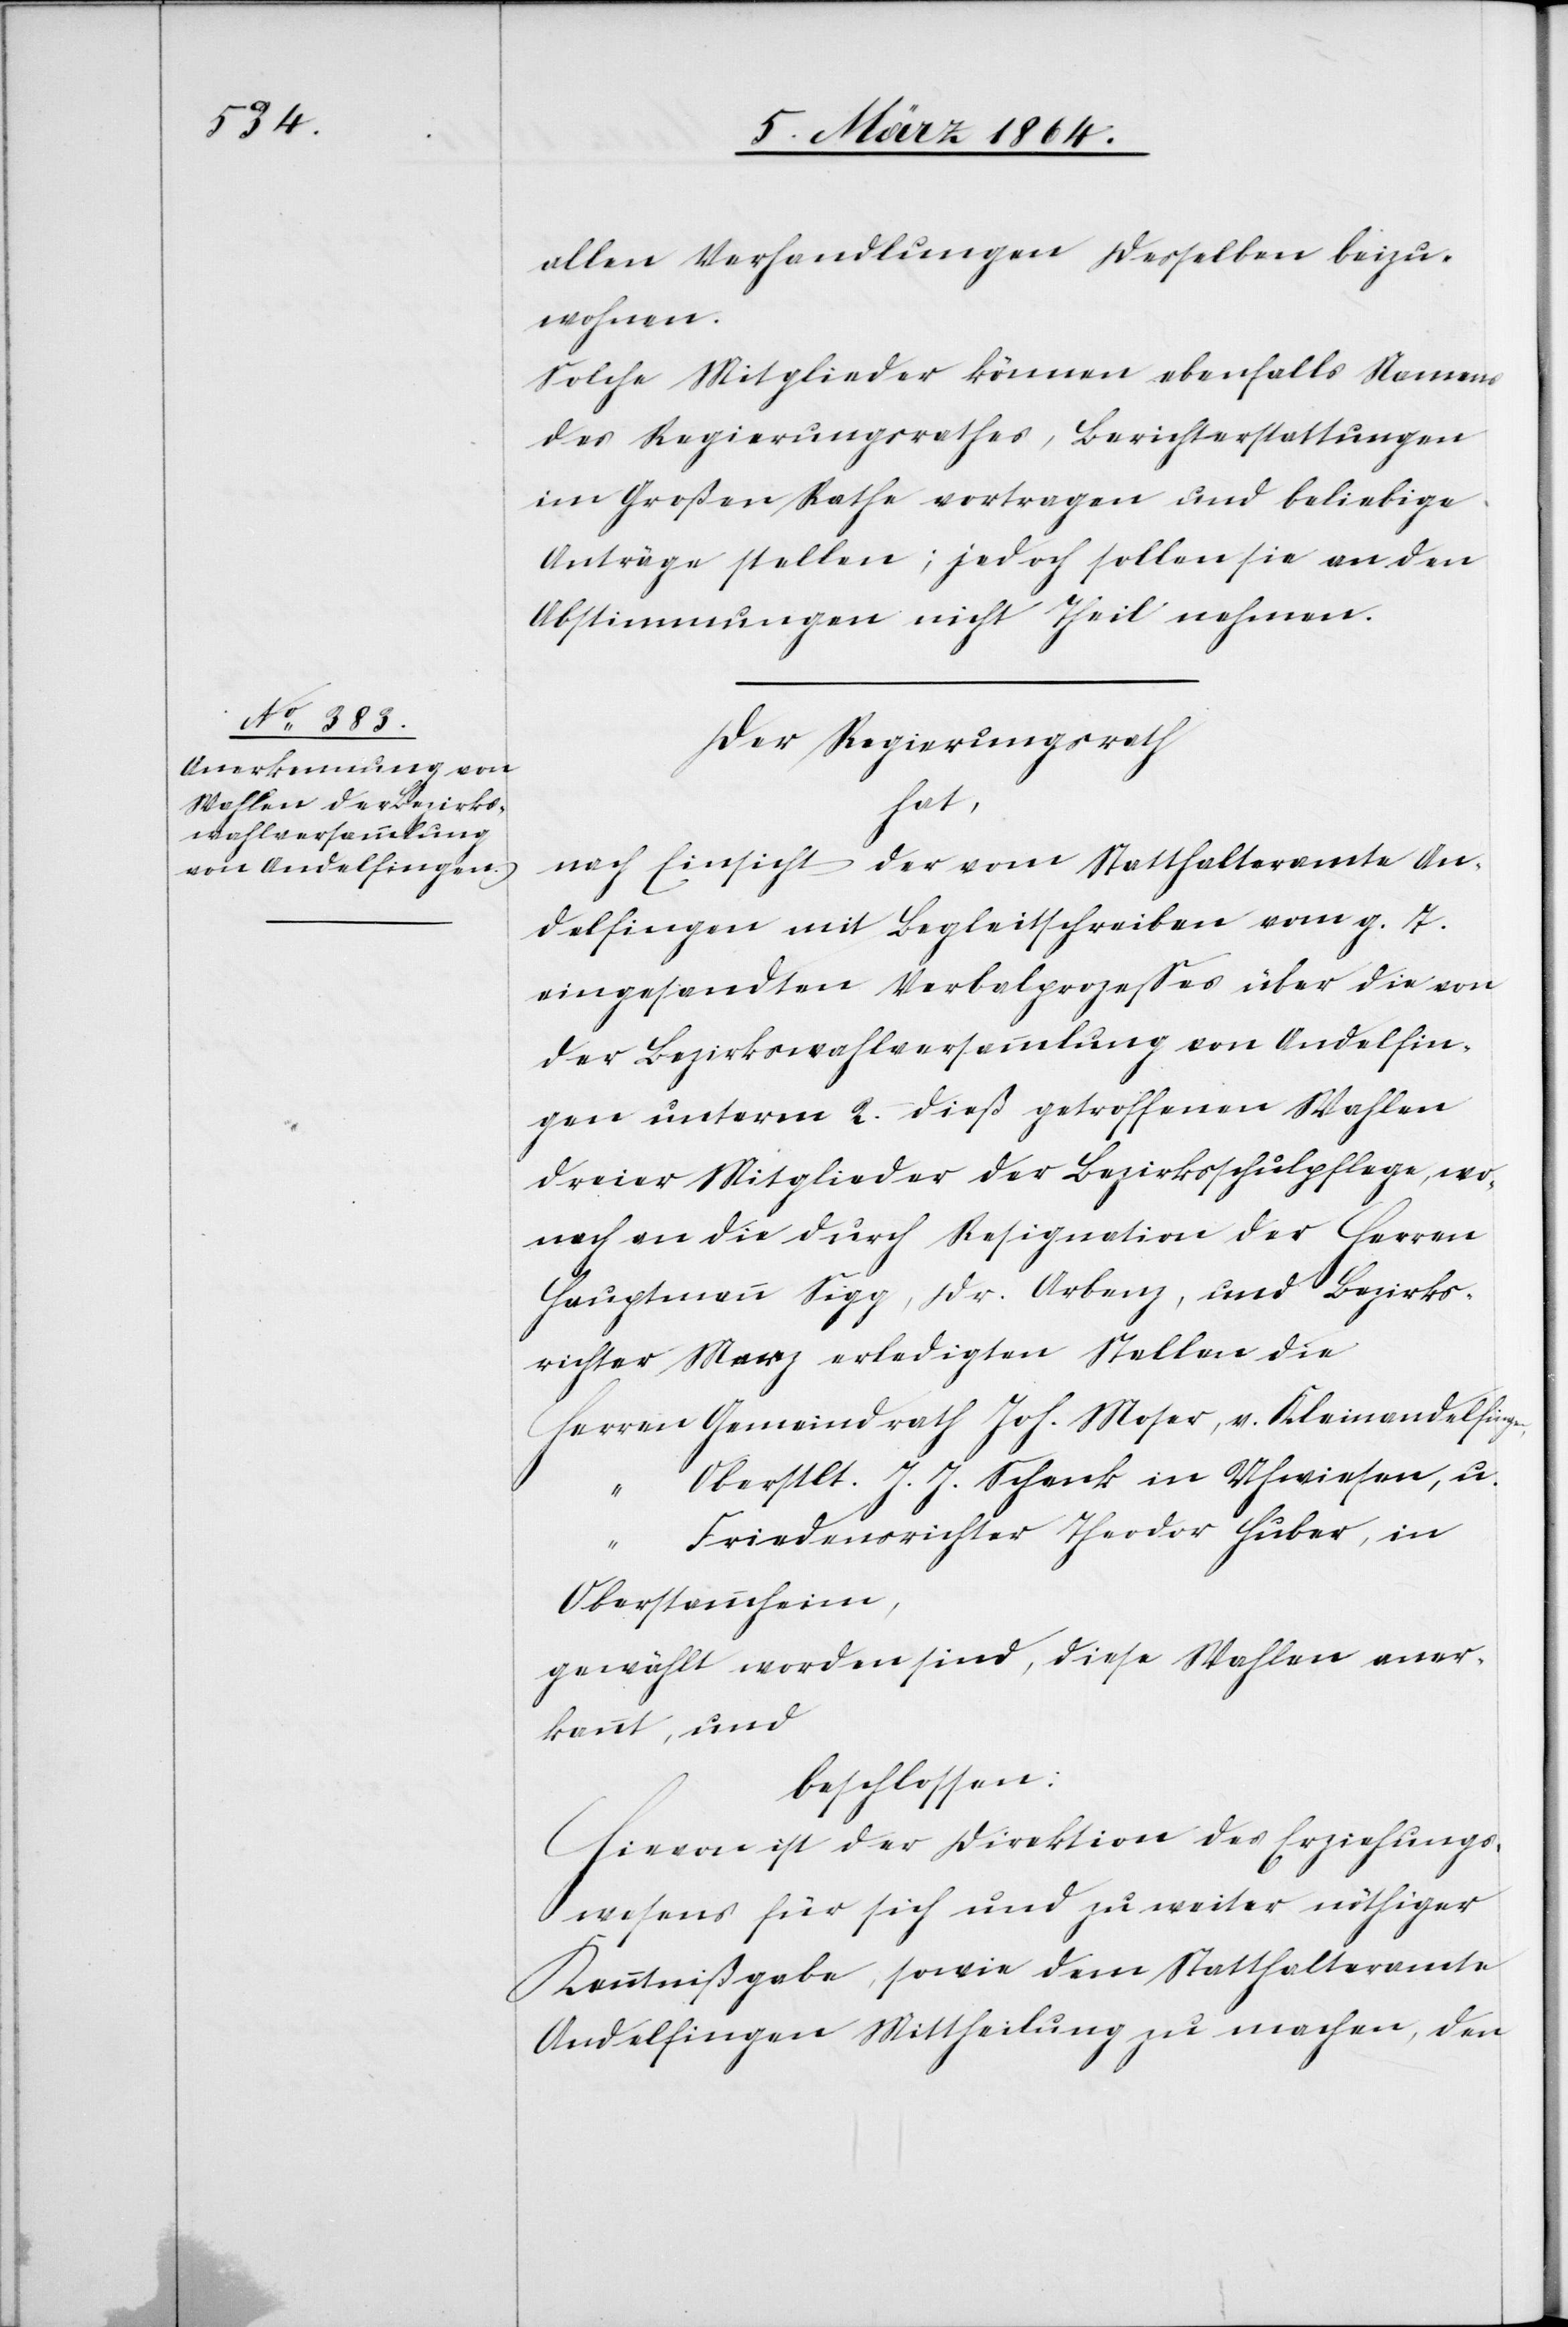
allen Verhandlungen desselben beizu¬
wohnen.“
Solche Mitglieder können ebenfalls Namens
des Regierungsrathes, Berichterstattungen
im Großen Rathe vortragen und beliebige
Anträge stellen; jedoch sollen sie an den
Abstimmungen nicht Theil nehmen.
Der Regierungsrath
hat,
nach Einsicht der [sic!] vom Statthalteramte An¬
delfingen mit Begleitschreiben vom g. T.
eingesandten Verbalprozeßes über die von
der Bezirkswahlversammlung von Andelfin¬
gen unterm 2. dieß getroffenen Wahlen
dreier Mitglieder der Bezirksschulpflege, wo¬
nach an die durch Resignation der Herren
Hauptmann Sigg, Dr. Arbenz, und Bezirks¬
richter Merz erledigten Stellen die
Herren	Gemeindrath Joh. Moser, v. Kleinandelfingen,
“		Oberstlt. J. J. Schenk in Uhwiesen, u.
“		Friedensrichter Theodor Huber, in
Oberstammheim,
gewählt worden sind, diese Wahlen aner¬
kannt, und
beschlossen:
Hievon ist der Direktion des Erziehungs¬
wesens für sich und zu weiter nöthiger
Kenntnißgabe, sowie dem Statthalteramte
Andelfingen Mittheilung zu machen, den